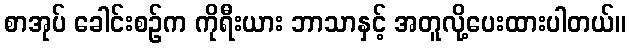
စာအုပ် ခေါင်းစဉ်က ကိုရီးယား ဘာသာနှင့် အတူလို့ပေးထားပါတယ်။